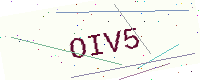
Text: OIV5